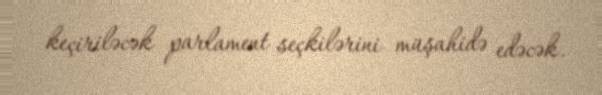
keçiriləcək parlament seçkilərini müşahidə edəcək.